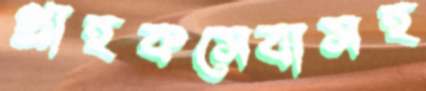
গ্রাহকসেবাসহ